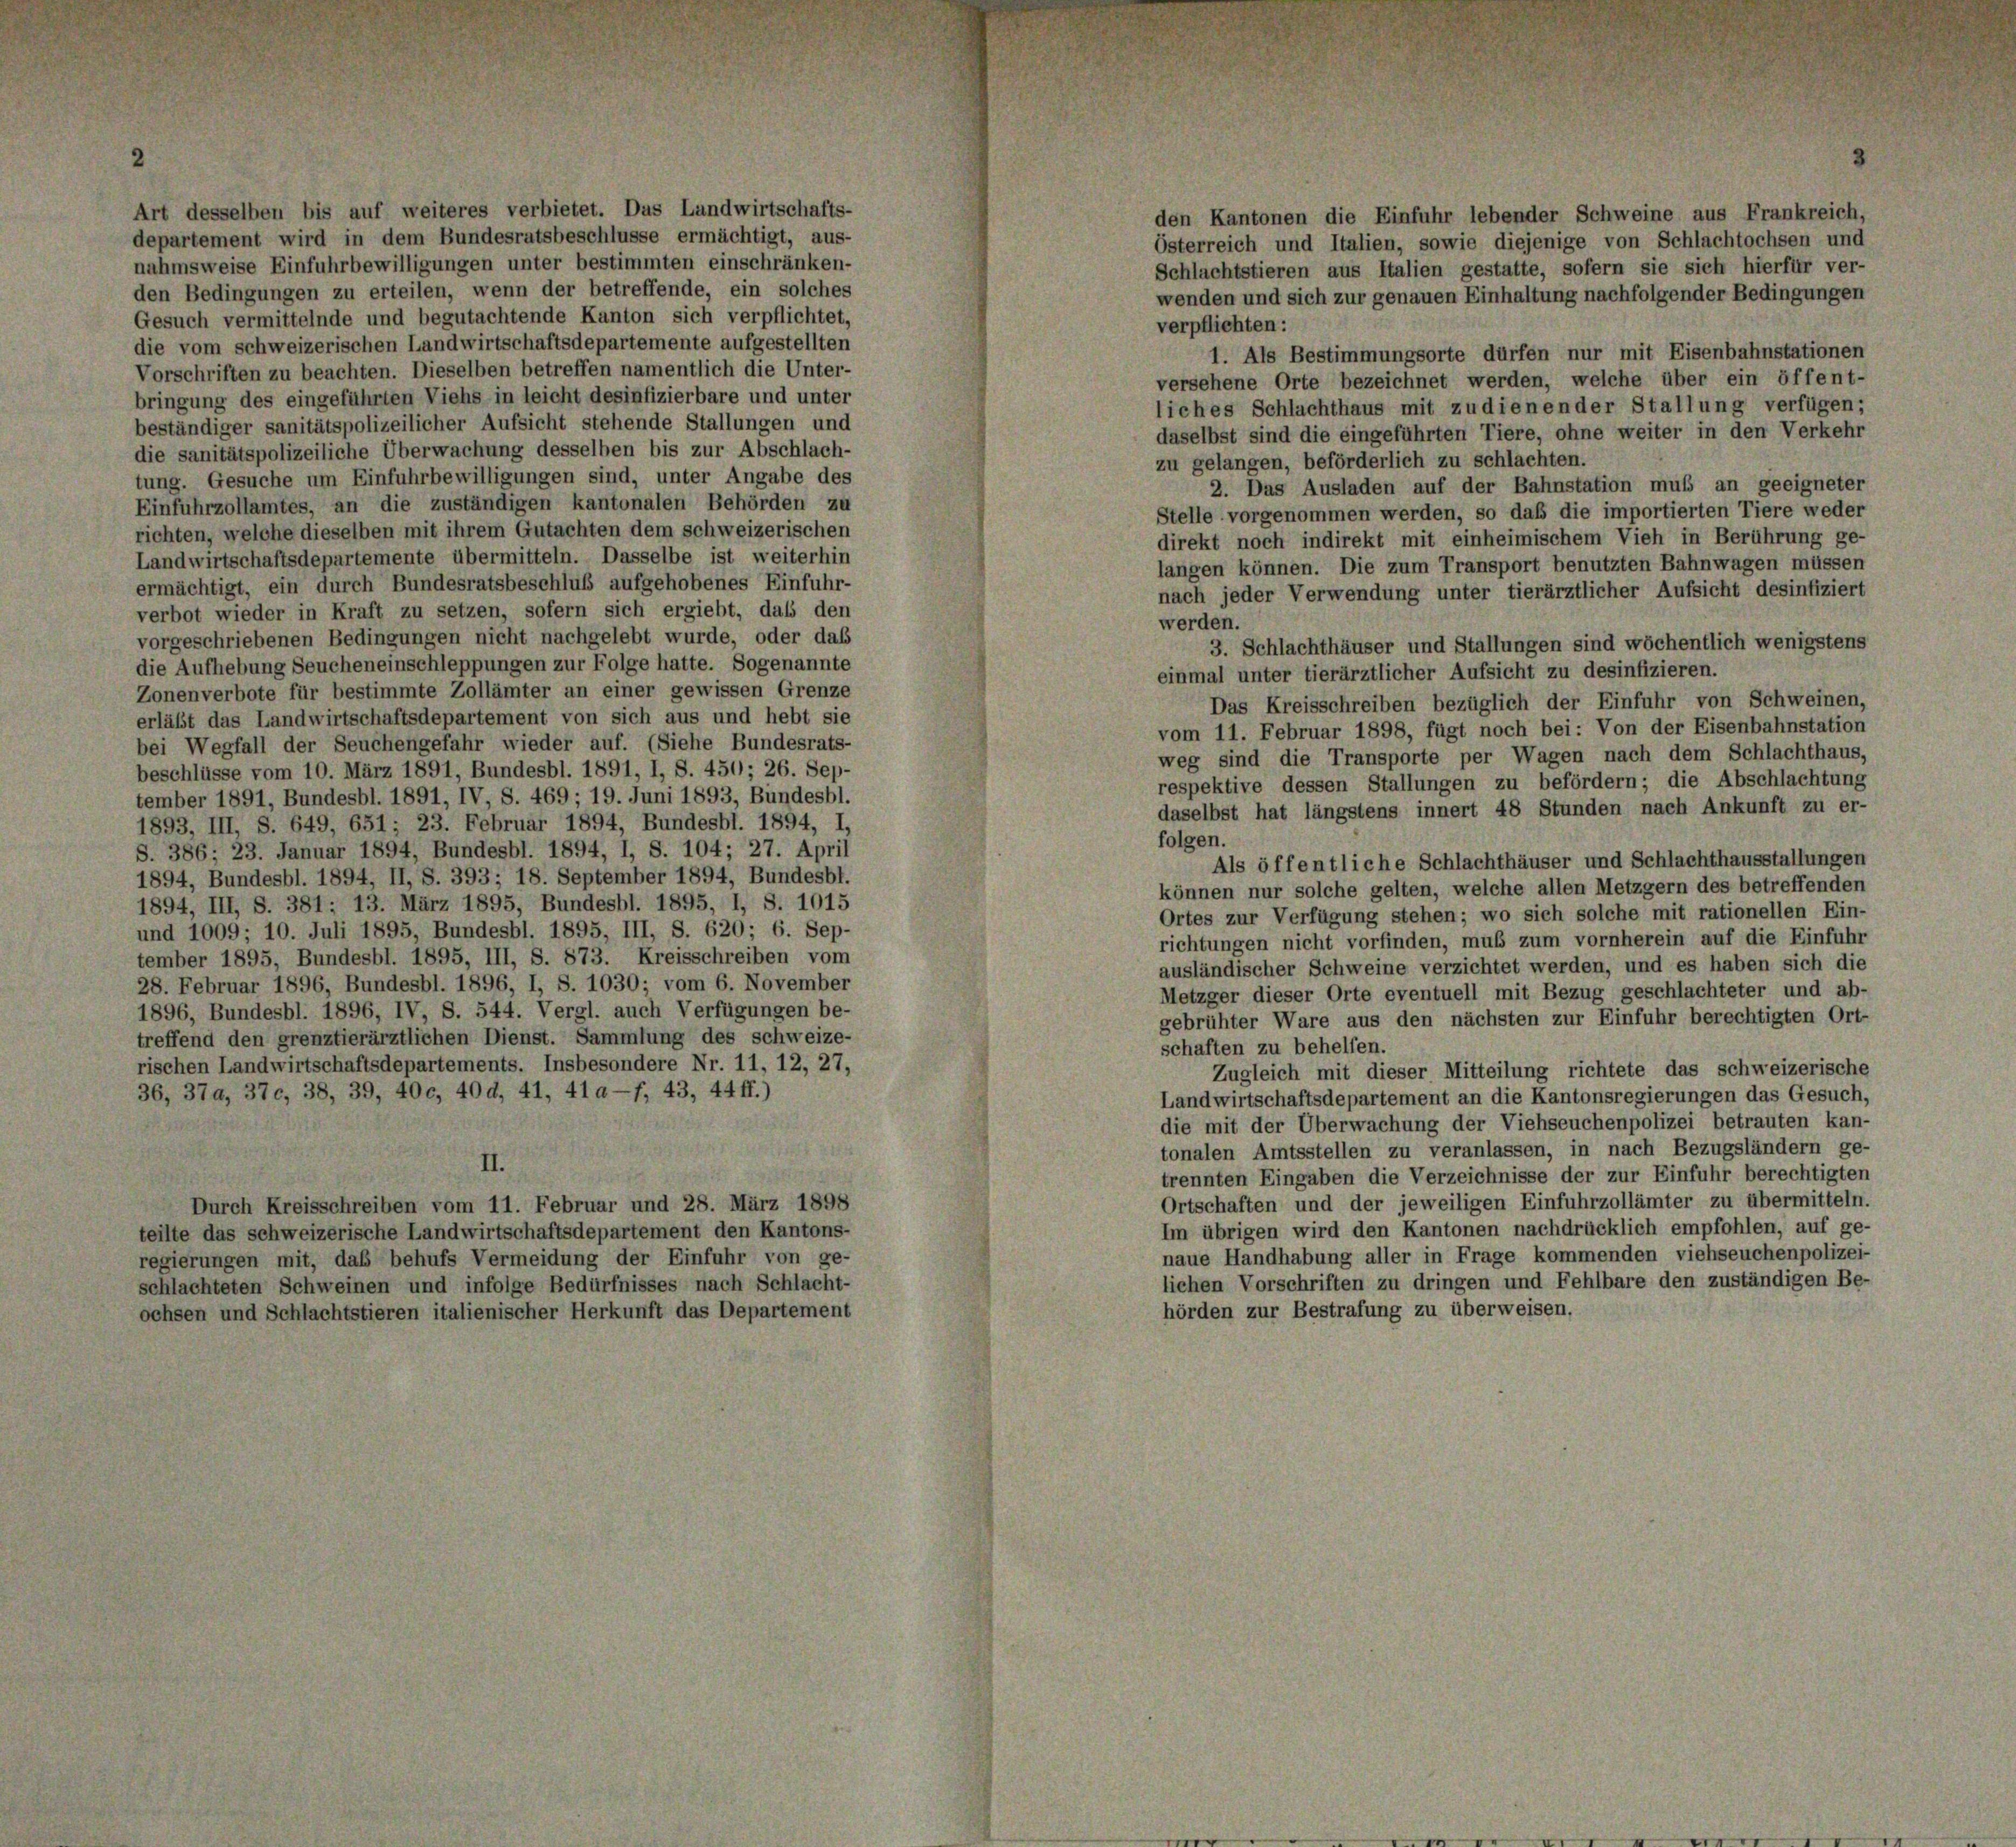
Art desselben bis auf weiteres verbietet. Das Landwirtschafts-
departement wird in dem Bundesratsbeschlüsse ermächtigt, aus-
nahmsweise Einfuhrbewilligungen unter bestimmten einschränken-
den Bedingungen zu erteilen, wenn der betreffende, ein solches
Gesuch vermittelnde und begutachtende Kanton sich verpflichtet,
die vom schweizerischen Landwirtschaftsdepartemente aufgestellten
Vorschriften zu beachten. Dieselben betreffen namentlich die Unter-
bringung des eingeführten Viehs in leicht desinfizierbare und unter
beständiger sanitätspolizeilicher Aufsicht stehende Stallungen und
die sanitätspolizeiliche Überwachung desselben bis zur Abschlach-
tung. Gesuche um Einfuhrbewilligungen sind, unter Angabe des
Einfuhrzollamtes, an die zuständigen kantonalen Behörden zu
richten, welche dieselben mit ihrem Gutachten dem schweizerischen
Landwirtschaftsdepartemente übermitteln. Dasselbe ist weiterhin
ermächtigt, ein durch Bundesratsbeschluß aufgehobenes Einfuhr-
verbot wieder in Kraft zu setzen, sofern sich ergiebt, daß den
vorgeschriebenen Bedingungen nicht nachgelebt wurde, oder das
die Aufhebung Seucheneinschleppungen zur Folge hatte. Sogenannte
Zonenverbote für bestimmte Zollämter an einer gewissen Grenze
erläßt das Landwirtschaftsdepartement von sich aus und hebt sie
bei Wegfall der Seuchengefahr wieder auf. (Siehe Bundesrats-
beschlüsse vom 10. März 1891, Bundesbl. 1891, I, S. 450; 26. Sep-
tember 1891, Bundesbl. 1891, IV, S. 469; 19. Juni 1893, Bundesbl.
1893, III, S. 649, 651 ; 23. Februar 1894, Bundesbl. 1894, I,
S. 386: 23. Januar 1894, Bundesbl. 1894, I, S. 104; 27. April
1894, Bundesbl. 1894, II, S. 393; 18. September 1894, Bundesbl.
1894, III, S. 381; 13. März 1895, Bundesbl. 1895, I, S. 1015
und 1009; 10. Juli 1895, Bundesbl. 1895, III, S. 620; 6. Sep-
tember 1895, Bundesbl. 1895, III, S. 873. Kreisschreiben vom
28. Februar 1896, Bundesbl. 1896, I, S. 1030; vom 6. November
1896, Bundesbl. 1896, IV, S. 544. Vergl. auch Verfügungen be-
treffend den grenztierärztlichen Dienst. Sammlung des Schweize-
rischen Landwirtschaftsdepartements. Insbesondere Nr. 11, 12, 27,
36, 37a, 370, 38, 39, 400, 404, 41, 41 a-f, 43, 44 ff.)
II.
Durch Kreisschreiben vom 11. Februar und 28. März 1898
teilte das schweizerische Landwirtschaftsdepartement den Kantons-
regierungen mit, das behufs Vermeidung der Einfuhr von ge-
schlachteten Schweinen und infolge Bedürfnisses nach Schlacht-
ochsen und Schlachtstieren italienischer Herkunft das Departement

den Kantonen die Einfuhr lebender Schweine aus Frankreich,
Österreich und Italien, sowie diejenige von Schlachtochsen und
Schlachtstieren aus Italien gestatte, sofern sie sich hierfür ver-
wenden und sich zur genauen Einhaltung nachfolgender Bedingungen
verpflichten:
1. Als Bestimmungsorte dürfen nur mit Eisenbahnstationen
versehene Orte bezeichnet werden, welche über ein öffent-
liches Schlachthaus mit zudienen der Stallung verfügen;
daselbst sind die eingeführten Tiere, ohne weiter in den Verkehr
zu gelangen, beförderlich zu schlachten.
2. Das Ausladen auf der Bahnstation muß an geeigneter
Stelle vorgenommen werden, so daß die importierten Tiere weder
direkt noch indirekt mit einheimischem Vieh in Berührung ge-
langen können. Die zum Transport benutzten Bahnwagen müssen
nach jeder Verwendung unter tierärztlicher Aufsicht desinfiziert
werden.
3. Schlachthäuser und Stallungen sind wöchentlich wenigstens
einmal unter tierärztlicher Aufsicht zu desinfizieren.
Das Kreisschreiben bezüglich der Einfuhr von Schweinen,
vom 11. Februar 1898, fügt noch bei: Von der Eisenbahnstation
weg sind die Transporte per Wagen nach dem Schlachthaus,
respektive dessen Stallungen zu befördern; die Abschlachtung
daselbst hat längstens innert 48 Stunden nach Ankunft zu er-
folgen.
Als öffentliche Schlachthäuser und Schlachthausstallungen
können nur solche gelten, welche allen Metzgern des betreffenden
Ortes zur Verfügung stehen; wo sich solche mit rationellen Ein-
richtungen nicht vorfinden, muß zum vornherein auf die Einfuhr
ausländischer Schweine verzichtet werden, und es haben sich die
Metzger dieser Orte eventuell mit Bezug geschlachteter und ab-
gebrühter Ware aus den nächsten zur Einfuhr berechtigten Ort-
schaften zu behelfen.
Zugleich mit dieser Mitteilung richtete das schweizerische
Landwirtschaftsdepartement an die Kantonsregierungen das Gesuch,
die mit der Überwachung der Viehseuchenpolizei betrauten kan-
tonalen Amtsstellen zu veranlassen, in nach Bezugsländern ge-
trennten Eingaben die Verzeichnisse der zur Einfuhr berechtigten
Ortschaften und der jeweiligen Einfuhrzollämter zu übermitteln.
Im übrigen wird den Kantonen nachdrücklich empfohlen, auf ge-
naue Handhabung aller in Frage kommenden viehseuchenpolizei-
lichen Vorschriften zu dringen und Fehlbare den zuständigen Be-
hörden zur Bestrafung zu überweisen.